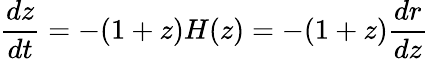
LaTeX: \frac{dz}{dt}=-(1+z)H(z)=-(1+z)\frac{dr}{dz}